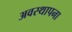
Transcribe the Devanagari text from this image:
अवस्‍थापना